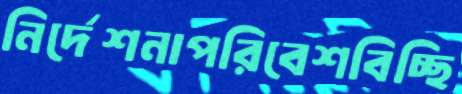
নির্দেশনাপরিবেশবিচ্ছি